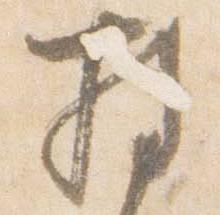
持